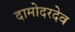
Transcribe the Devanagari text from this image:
दामोदरदेव